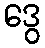
ဒွေ